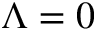
\Lambda = 0